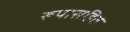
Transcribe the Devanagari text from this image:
रूपासहित